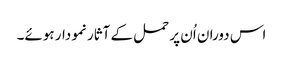
اس دوران اُن پر حمل کے آثار نمودار ہوئے۔